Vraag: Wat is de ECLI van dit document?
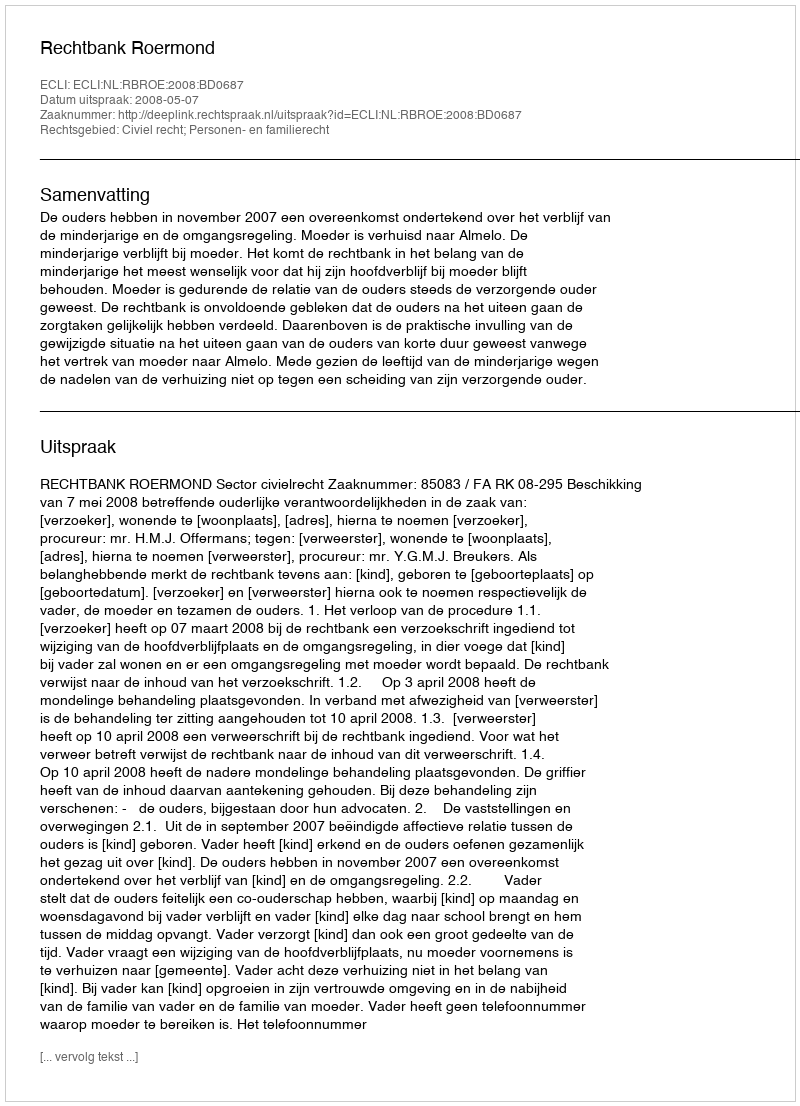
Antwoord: ECLI:NL:RBROE:2008:BD0687